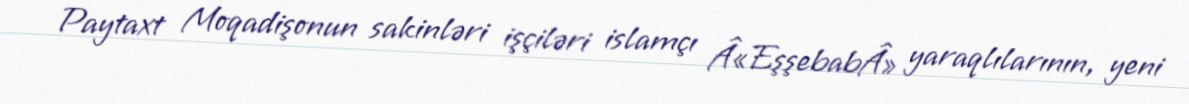
Paytaxt Moqadişonun sakinləri işçiləri islamçı Â«EşşebabÂ» yaraqlılarının, yeni